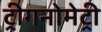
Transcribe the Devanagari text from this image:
ट्रीगनोमेट्री